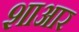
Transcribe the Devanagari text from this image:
शाआर